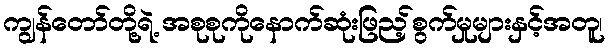
ကျွန်တော်တို့ရဲ့ အစုစုကိုနောက်ဆုံးဖြည့်စွက်မှုများနှင့်အတူ၊